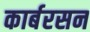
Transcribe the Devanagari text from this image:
कार्बरसन